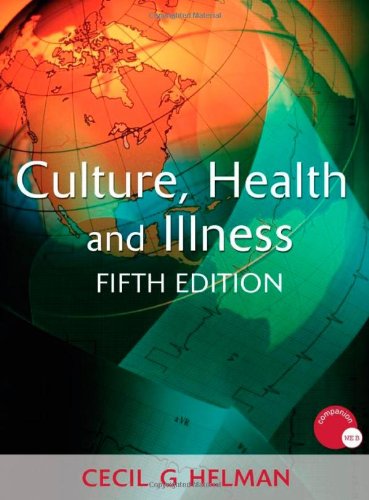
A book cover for Culture, Health and Illness, Fifth edition (Hodder Arnold Publication); Cecil G. Helman; Medical Books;